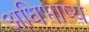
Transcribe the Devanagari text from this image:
अधिभाष्य